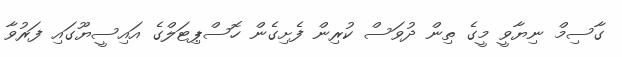
ގާސިމް ނިޔާވީ މީގެ ތިން ދުވަސް ކުރިން ފެށިގެން ހޮސްޕިޓަލްގެ އައިސީޔޫގައި ފަރުވާ